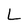
Character: L